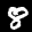
Label: 8